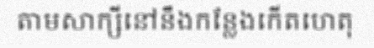
តាមសាក្សីនៅនឹងកន្លែងកើតហេតុ